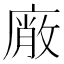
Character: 𭙱